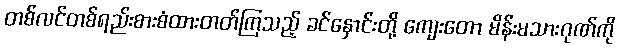
တစ်လင်တစ်ရည်းစားစံထားတတ်ကြသည့် ခင်နှောင်းတို့ ကျေးတော မိန်းမသားဂုဏ်ကို